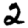
Digit: 2